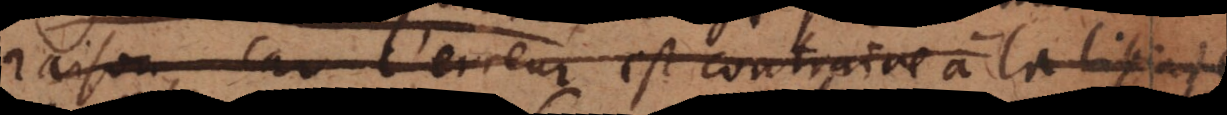
raison, car l’erreur est contraire à la liberté